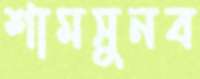
শামসুনব